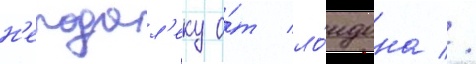
н'еподал'еку о́т ло́ндона //